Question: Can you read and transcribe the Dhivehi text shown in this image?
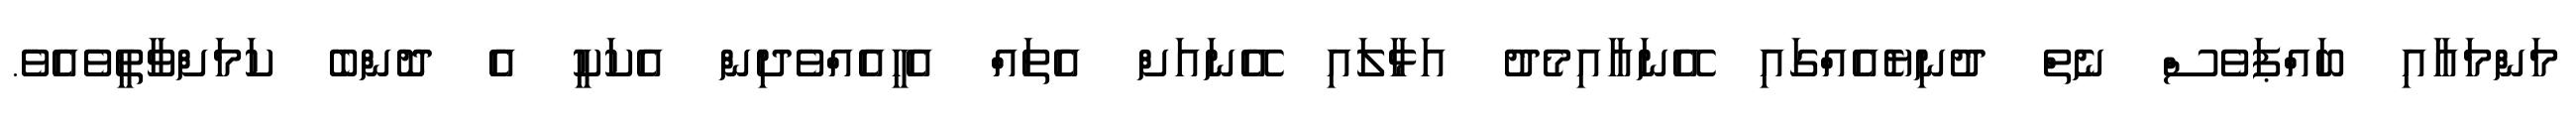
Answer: މަންމައާއި ބައްޕަވެސް ނެތް ދުނިޔެއެއްގައި އޭނައާއިމެދު އަޅާލައި އޭނައަށް އެތައް އެހީއެއްވެދިން އެކަކީ އެ ދޮންބެ ކަމަށްވާތީވެއެވެ.